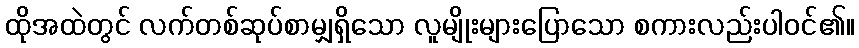
ထိုအထဲတွင် လက်တစ်ဆုပ်စာမျှရှိသော လူမျိုးများပြောသော စကားလည်းပါဝင်၏။